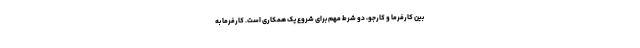
بین کارفرما و کارجو، دو شرط مهم برای شروع یک همکاری است. کارفرما به